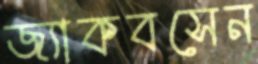
জ্যাকবসেন